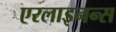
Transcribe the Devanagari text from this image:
एरलाइनन्स